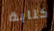
كتابة